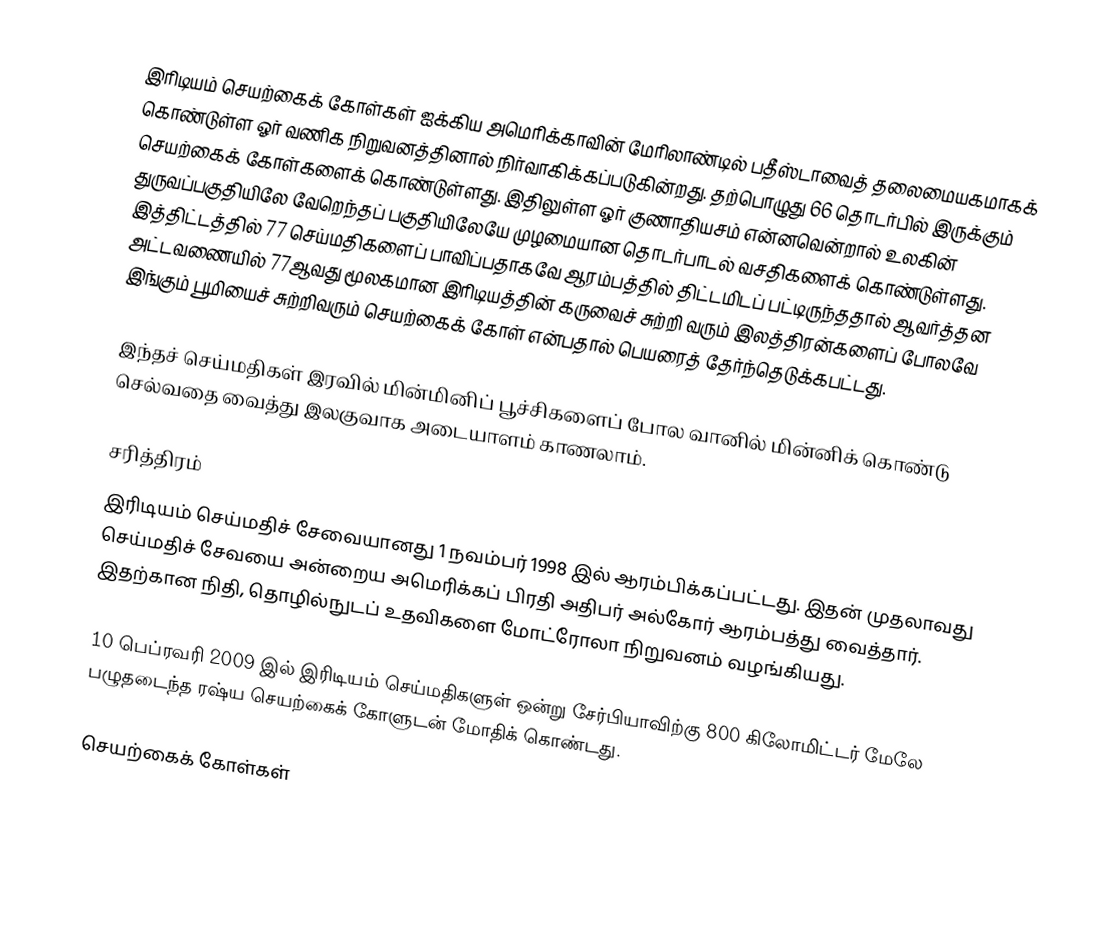
இரிடியம் செயற்கைக் கோள்கள் ஐக்கிய அமெரிக்காவின் மேரிலாண்டில் பதீஸ்டாவைத் தலைமையகமாகக் கொண்டுள்ள ஓர் வணிக நிறுவனத்தினால் நிர்வாகிக்கப்படுகின்றது. தற்பொழுது 66 தொடர்பில் இருக்கும் செயற்கைக் கோள்களைக் கொண்டுள்ளது. இதிலுள்ள ஓர் குணாதியசம் என்னவென்றால் உலகின் துருவப்பகுதியிலே வேறெந்தப் பகுதியிலேயே முழமையான தொடர்பாடல் வசதிகளைக் கொண்டுள்ளது. இத்திட்டத்தில் 77 செய்மதிகளைப் பாவிப்பதாகவே ஆரம்பத்தில் திட்டமிடப் பட்டிருந்ததால் ஆவர்த்தன அட்டவணையில் 77ஆவது மூலகமான இரிடியத்தின் கருவைச் சுற்றி வரும் இலத்திரன்களைப் போலவே இங்கும் பூமியைச் சுற்றிவரும் செயற்கைக் கோள் என்பதால் பெயரைத் தேர்ந்தெடுக்கபட்டது.

இந்தச் செய்மதிகள் இரவில் மின்மினிப் பூச்சிகளைப் போல வானில் மின்னிக் கொண்டு செல்வதை வைத்து இலகுவாக அடையாளம் காணலாம்.

சரித்திரம்
இரிடியம் செய்மதிச் சேவையானது 1 நவம்பர் 1998 இல் ஆரம்பிக்கப்பட்டது. இதன் முதலாவது செய்மதிச் சேவயை அன்றைய அமெரிக்கப் பிரதி அதிபர் அல்கோர் ஆரம்பத்து வைத்தார். இதற்கான நிதி, தொழில்நுடப் உதவிகளை மோட்ரோலா நிறுவனம் வழங்கியது.

10 பெப்ரவரி 2009 இல் இரிடியம் செய்மதிகளுள் ஒன்று சேர்பியாவிற்கு 800 கிலோமிட்டர் மேலே  பழுதடைந்த ரஷ்ய செயற்கைக் கோளுடன் மோதிக் கொண்டது.

செயற்கைக் கோள்கள்